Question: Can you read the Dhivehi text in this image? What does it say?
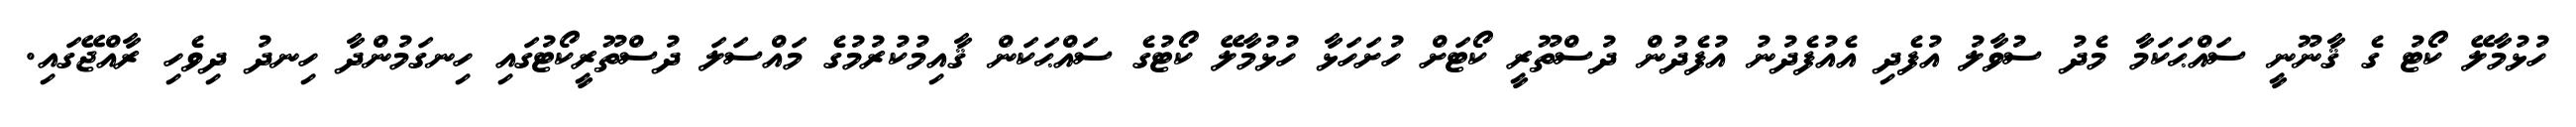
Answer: ހުޅުމާލޭ ކޯޓު ގެ ޤާނޫނީ ސައްޙަކަމާ މެދު ސުވާލު އުފެދި އެއުފެދުނު އުފެދުން ދުސްތޫރީ ކޯޓަށް ހުށަހަޅާ ހުޅުމާލޭ ކޯޓުގެ ސައްޙަކަން ޤާއިމުކުރުމުގެ މައްސަލަ ދުސްތޫރީކޯޓުގައި ހިނގަމުންދާ ހިނދު ދިވެހި ރާއްޖޭގައި.